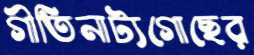
গীতিনাট্যগোছের